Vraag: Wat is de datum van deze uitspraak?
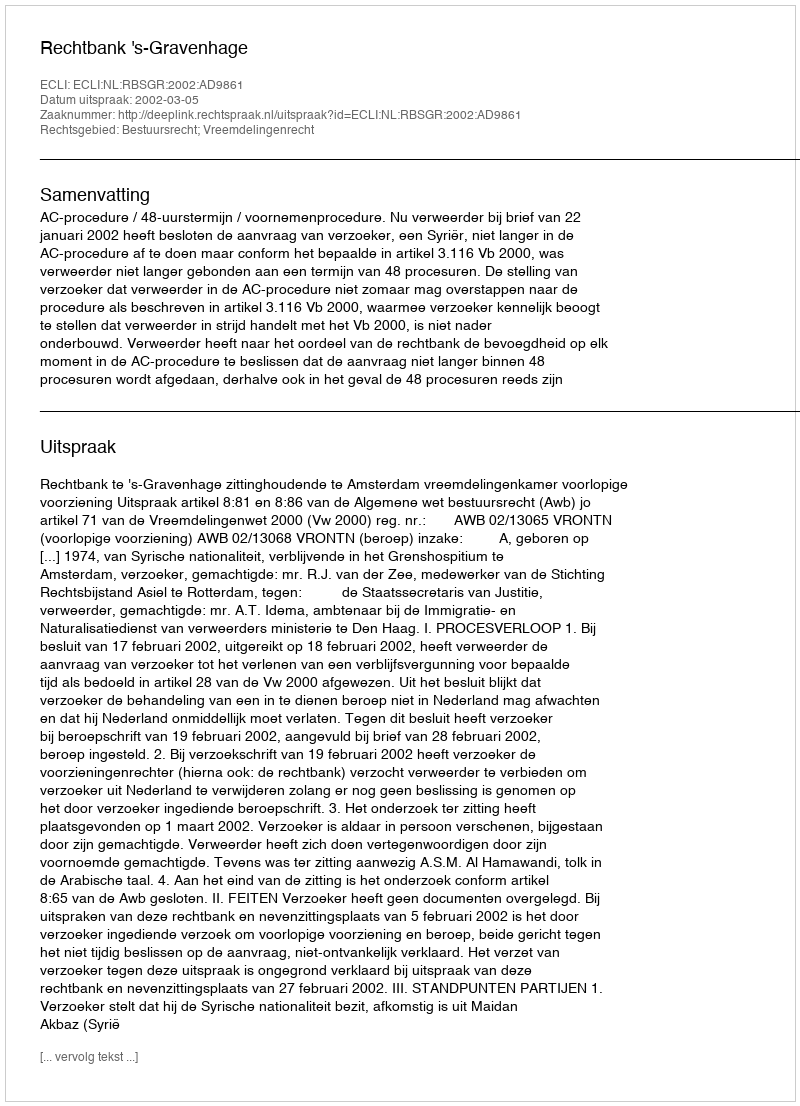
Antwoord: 2002-03-05